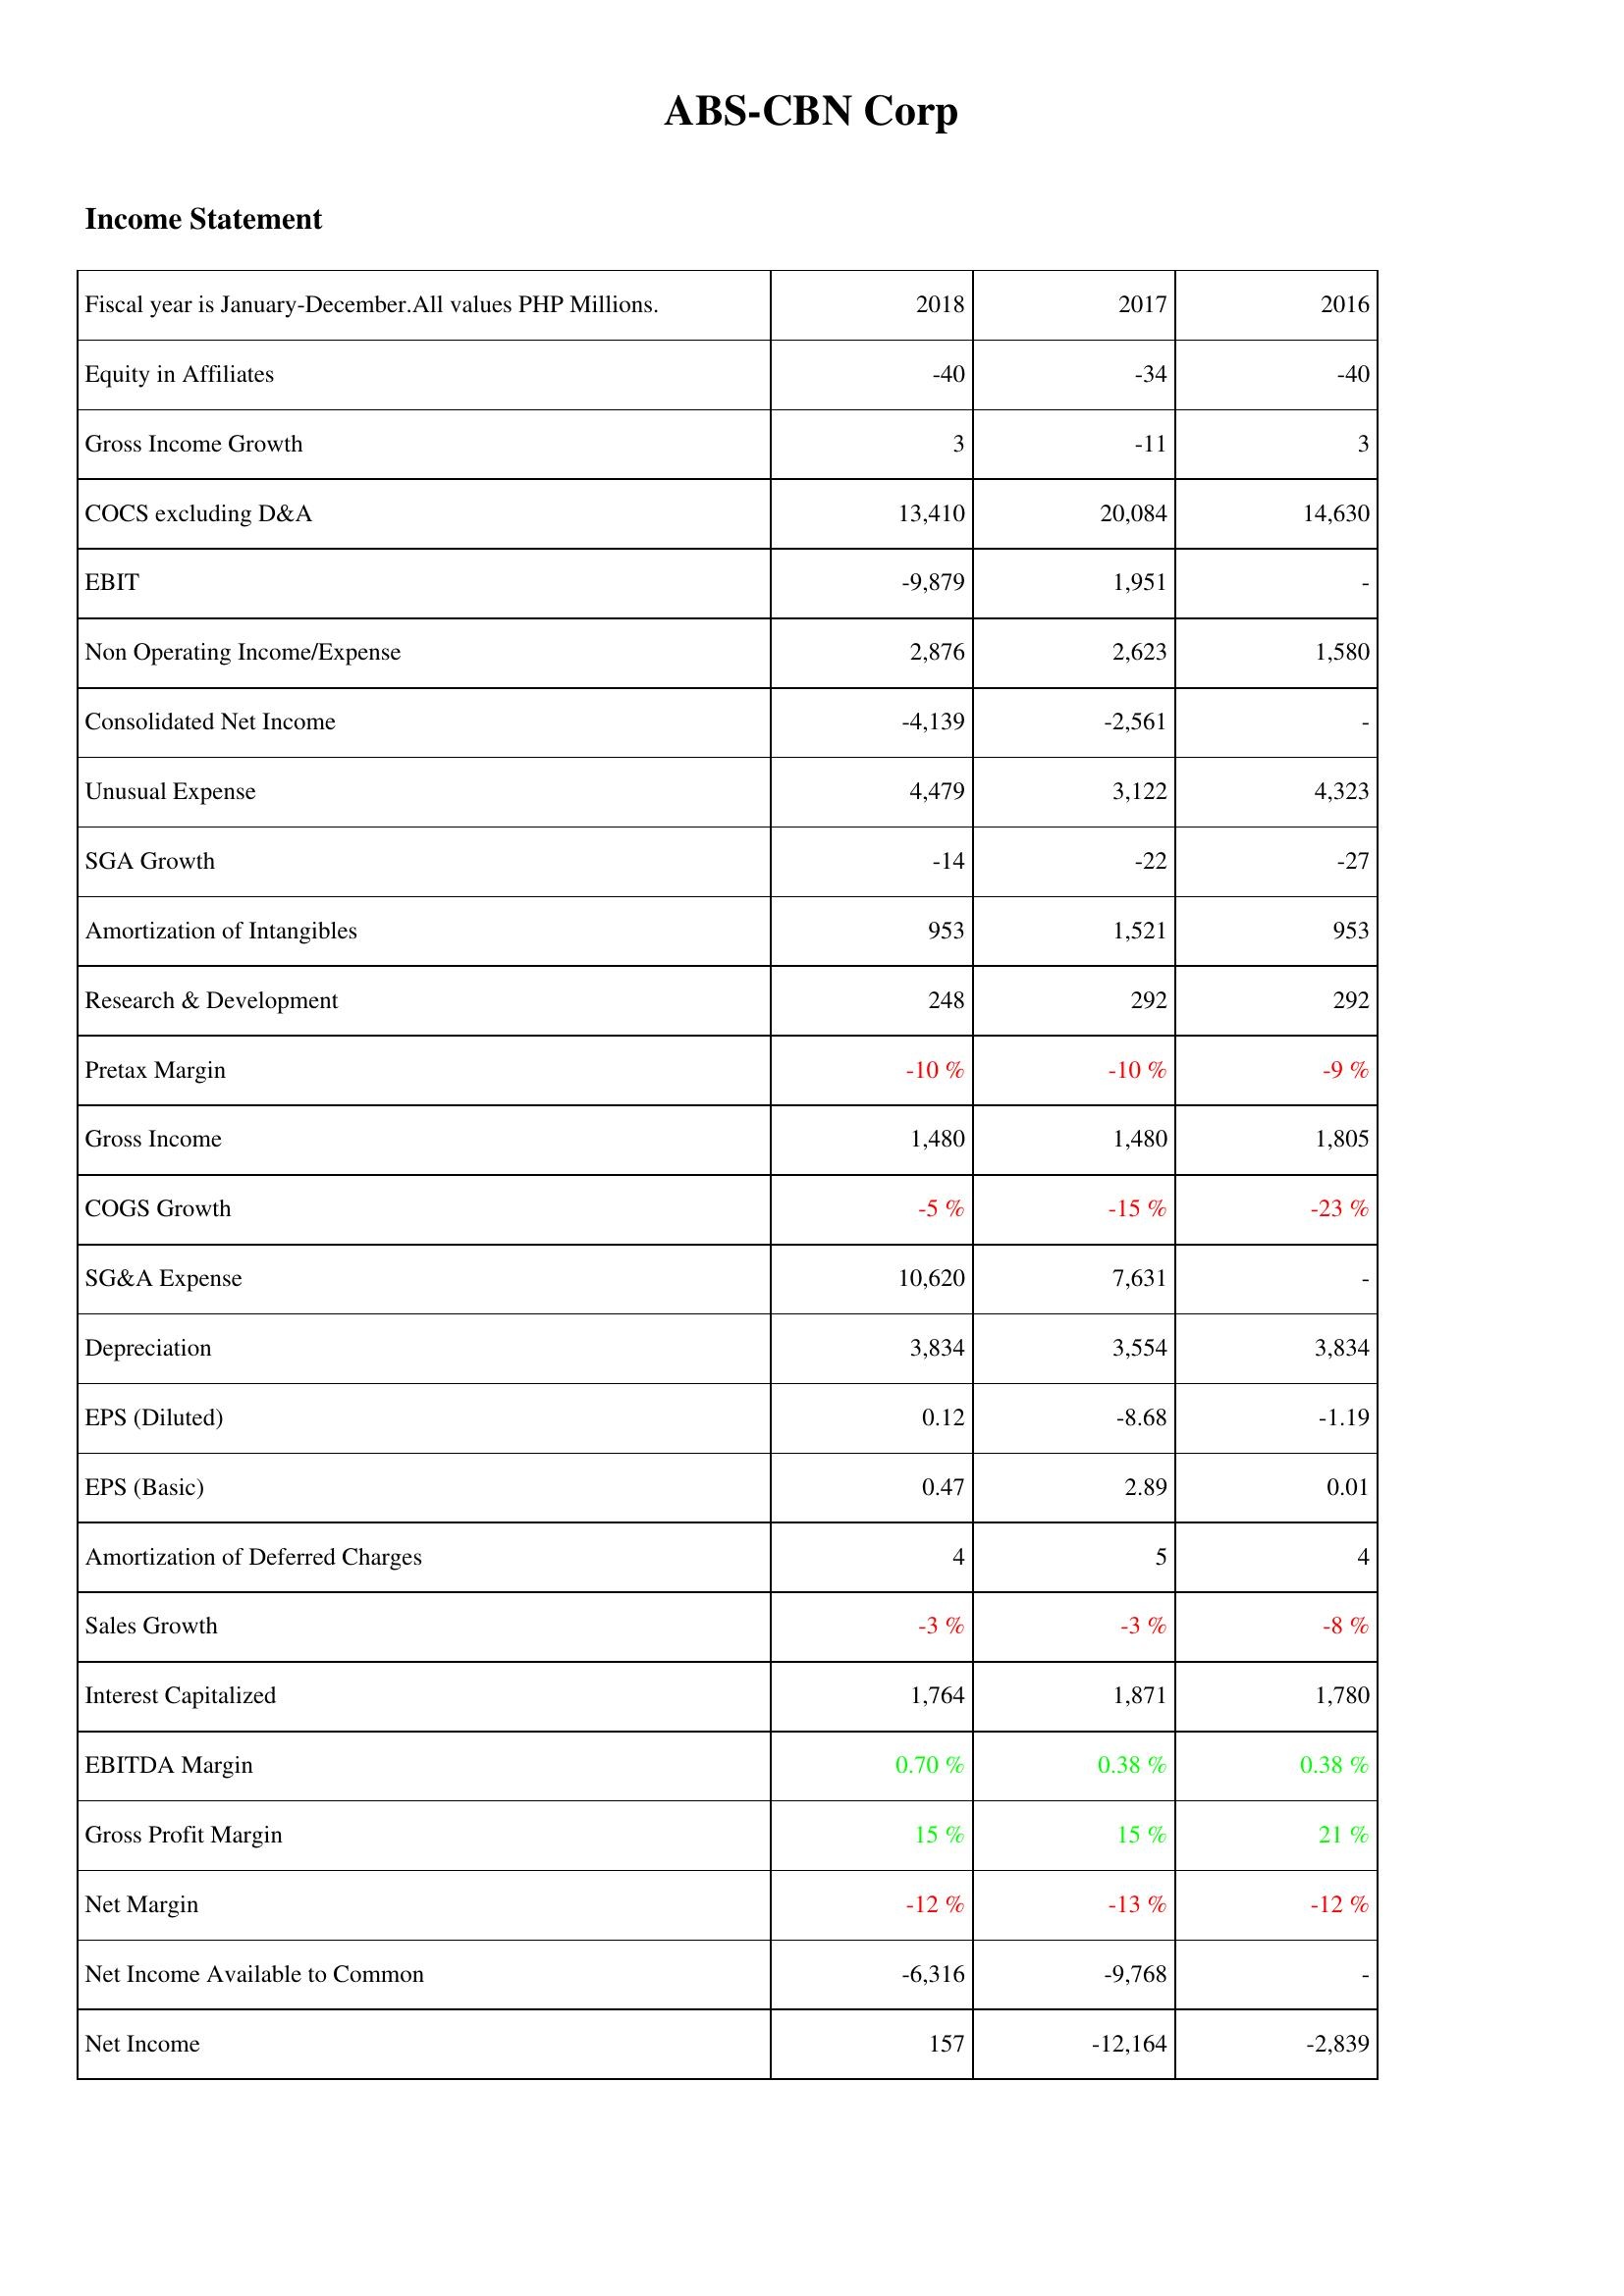
2018: Income Statement: Equity in Affiliates: -40
Gross Income Growth: 3
COCS excluding D&A: 13,410
EBIT: -9,879
Non Operating Income/Expense: 2,876
Consolidated Net Income: -4,139
Unusual Expense: 4,479
SGA Growth: -14
Amortization of Intangibles: 953
Research & Development: 248
Pretax Margin: -10 %
Gross Income: 1,480
COGS Growth: -5 %
SG&A Expense: 10,620
Depreciation: 3,834
EPS (Diluted): 0.12
EPS (Basic): 0.47
Amortization of Deferred Charges: 4
Sales Growth: -3 %
Interest Capitalized: 1,764
EBITDA Margin: 0.70 %
Gross Profit Margin: 15 %
Net Margin: -12 %
Net Income Available to Common: -6,316
Net Income: 157
2017: Income Statement: Equity in Affiliates: -34
Gross Income Growth: -11
COCS excluding D&A: 20,084
EBIT: 1,951
Non Operating Income/Expense: 2,623
Consolidated Net Income: -2,561
Unusual Expense: 3,122
SGA Growth: -22
Amortization of Intangibles: 1,521
Research & Development: 292
Pretax Margin: -10 %
Gross Income: 1,480
COGS Growth: -15 %
SG&A Expense: 7,631
Depreciation: 3,554
EPS (Diluted): -8.68
EPS (Basic): 2.89
Amortization of Deferred Charges: 5
Sales Growth: -3 %
Interest Capitalized: 1,871
EBITDA Margin: 0.38 %
Gross Profit Margin: 15 %
Net Margin: -13 %
Net Income Available to Common: -9,768
Net Income: -12,164
2016: Income Statement: Equity in Affiliates: -40
Gross Income Growth: 3
COCS excluding D&A: 14,630
EBIT: -
Non Operating Income/Expense: 1,580
Consolidated Net Income: -
Unusual Expense: 4,323
SGA Growth: -27
Amortization of Intangibles: 953
Research & Development: 292
Pretax Margin: -9 %
Gross Income: 1,805
COGS Growth: -23 %
SG&A Expense: -
Depreciation: 3,834
EPS (Diluted): -1.19
EPS (Basic): 0.01
Amortization of Deferred Charges: 4
Sales Growth: -8 %
Interest Capitalized: 1,780
EBITDA Margin: 0.38 %
Gross Profit Margin: 21 %
Net Margin: -12 %
Net Income Available to Common: -
Net Income: -2,839